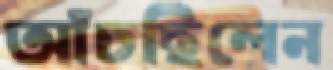
আঁচছিলেন